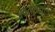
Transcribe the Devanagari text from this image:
अवतंसयन्ति